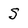
Character: S